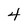
Character: 4